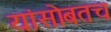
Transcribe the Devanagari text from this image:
यांसोबतच